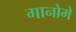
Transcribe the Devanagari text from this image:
गानोमे